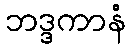
ဘဒ္ဒကာနံ